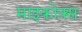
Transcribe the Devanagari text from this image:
माइकोक्स